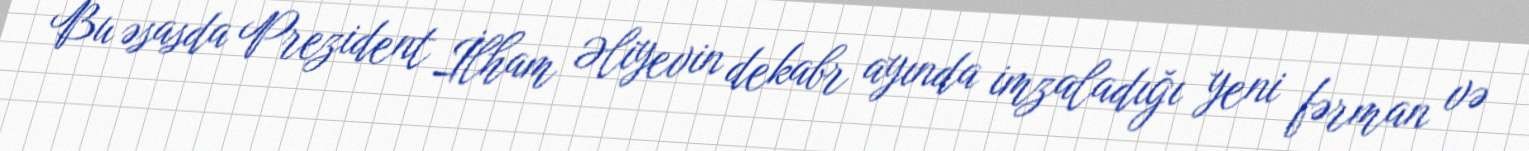
Bu əsasda Prezident İlham Əliyevin dekabr ayında imzaladığı yeni fərman və